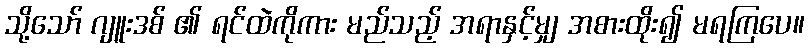
သို့သော် ဂျူးဒစ် ၏ ရင်ထဲကိုကား မည်သည့် အရာနှင့်မျှ အစားထိုး၍ မရကြပေ။